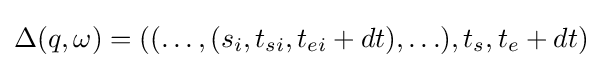
\Delta (q,\omega )=((\ldots ,(s_{i},t_{si},t_{ei}+dt),\ldots ),t_{s},t_{e}+dt)